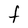
Character: F